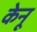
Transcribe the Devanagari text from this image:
केनू